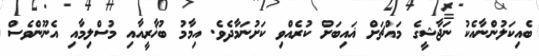
ބެއިކަލުންނާއެކު ނަޖާޝީގެ މައްޗަށް ޣައިބަށް ކުރެއްވި ކަށުނަމާދެވެ. އިމާމު ބުޚާރީއާއި މުސްލިމާއި އެނޫންވެސް